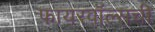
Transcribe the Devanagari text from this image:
फायरवॉल्सची